Calcutta medical institutions reports 1892-1900
Year: 1892
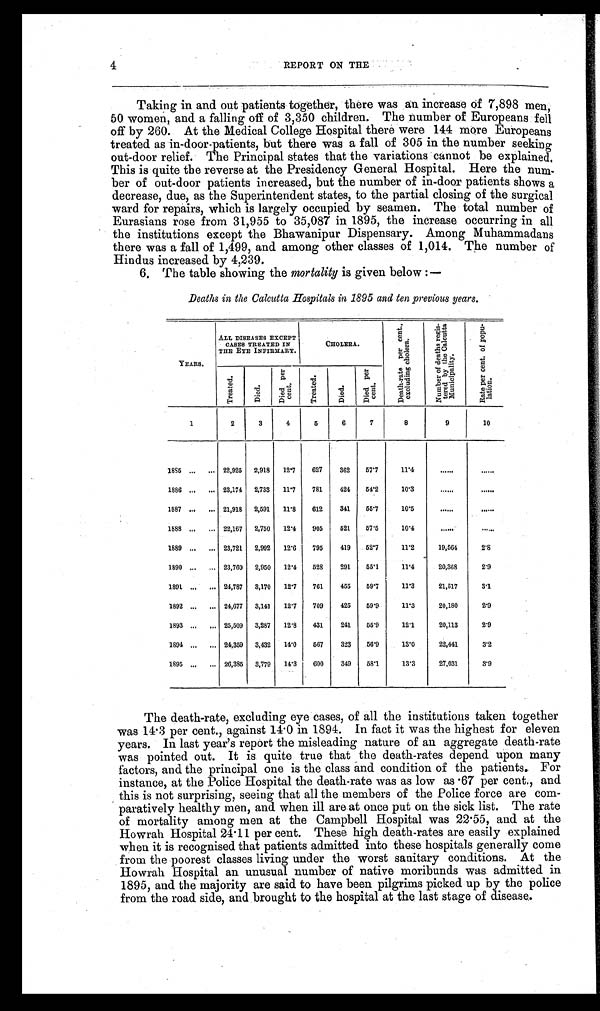
4
REPORT ON THE
Taking in and out patients together, there was an increase of 7,898 men,
50 women, and a falling off of 3,350 children. The number of Europeans fell
off by 260. At the Medical College Hospital there were 144 more Europeans
treated as in-door-patients, but there was a fall of 305 in the number seeking
out-door relief. The Principal states that the variations cannot be explained.
This is quite the reverse at the Presidency General Hospital. Here the num-
ber of out-door patients increased, but the number of in-door patients shows a
decrease, due, as the Superintendent states, to the partial closing of the surgical
ward for repairs, which is largely occupied by seamen. The total number of
Eurasians rose from 31,955 to 35,087 in 1895, the increase occurring in all
the institutions except the Bhawanipur Dispensary. Among Muhammadans
there was a fall of 1,499, and among other classes of 1,014. The number of
Hindus increased by 4,239.
6. The table showing the mortality is given below :—
Deaths in the Calcutta Hospitals in 1895 and ten previous years.
YEARS.
ALL DISEASES EXCEPT
CASES TREATED IN
THE EYE INFIRMARY.
CHOLERA.
D e a t h - r a t e p e r c e n t . ,
e x c l u d i n g c h o l e r a .
N u m b e r o f d e a t h s r e g i s - t e r e d b y t h e C a l c u t t a M u n i c i p a l i t y .
R a t e p e r c e n t . o f p o p u - l a t i o n .
Tr e a t e d.
Di ed.
D i e d p e r c e n t .
Tr e a t e d.
Di ed.
D i e d p e r c e n t .
1
2
3
4
5
6
7
8
9
10
1885 . . .
. . . 22,925 2,918 12.7 627
362
57.7
11.4
......
. . . . . .
1886 ...
. . . 23,174 2,733 11.7
781
424 54.2
10.3
......
. . . . . .
1887 ...
. . . 21,918 2,591 11.8
612
341
55.7
10.5
......
. . . . . .
1888 ...
. . . 22,167 2,750 12.4 905
5 2 1 57.5
10.4
. . . . . .
. . . . . .
1889 ...
. . . 23,721 2,992 12.6
795
419 52.7
11.2
19,564
2 . 8
1890 ...
. . . 23,760 2,950 12.4
528
291
55.1
11.4
20,368
2.9
1891 ...
. . . 24,787 3,170 12.7
761
455
59.7
11.3
21,517
3 . 1
1892 ...
. . . 24,677 3,141 12.7 709
425
59.9
11.3
20,180
2 . 9
1893 ...
. . . 25,509 3,287 12.8
431
241
55.9
12.1
20,113
2 . 9
1894 ... . . . 24,359 3,432 14.0
5 6 7 323 56.9
13.0
22,441
3.2
1895 ...
. . . 26,385 3,779 14.3
600
349 58.1
13.3
27,031
3.9
The death-rate, excluding eye cases, of all the institutions taken together
was 14.3 per cent., against 14.0 in 1894. In fact it was the highest for eleven
years. In last year’s report the misleading nature of an aggregate death-rate
was pointed out. It is quite true that the death-rates depend upon many
factors, and the principal one is the class and condition of the patients. For
instance, at the Police Hospital the death-rate was as low as .67 per cent., and
this is not surprising, seeing that all the members of the Police force are com--
paratively healthy men, and when ill are at once put on the sick list. The rate
of mortality among men at the Campbell Hospital was 22.55, and at the
Howrah Hospital 24.11 per cent. These high death-rates are easily explained
when it is recognised that patients admitted into these hospitals generally come
from the poorest classes living under the worst sanitary conditions. At the
Howrah Hospital an unusual number of native moribunds was admitted in
1895, and the majority are said to have been pilgrims picked up by the police
from the road side, and brought to the hospital at the last stage of disease.